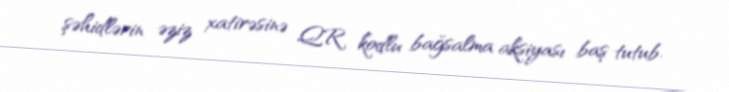
şəhidlərin əziz xatirəsinə QR kodlu bağsalma aksiyası baş tutub.